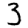
Digit: 3